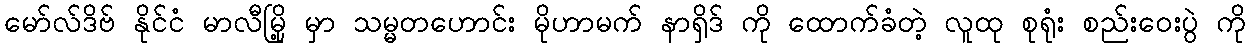
မော်လ်ဒိဗ် နိုင်ငံ မာလီမြို့ မှာ သမ္မတဟောင်း မိုဟာမက် နာရှိဒ် ကို ထောက်ခံတဲ့ လူထု စုရုံး စည်းဝေးပွဲ ကို